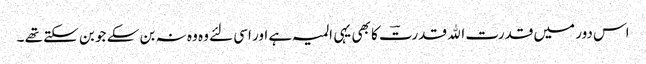
اس دور میں قدرت اﷲ قدرتؔ کا بھی یہی المیہ ہے اور اسی لئے وہ وہ نہ بن سکے جو بن سکتے تھے ۔